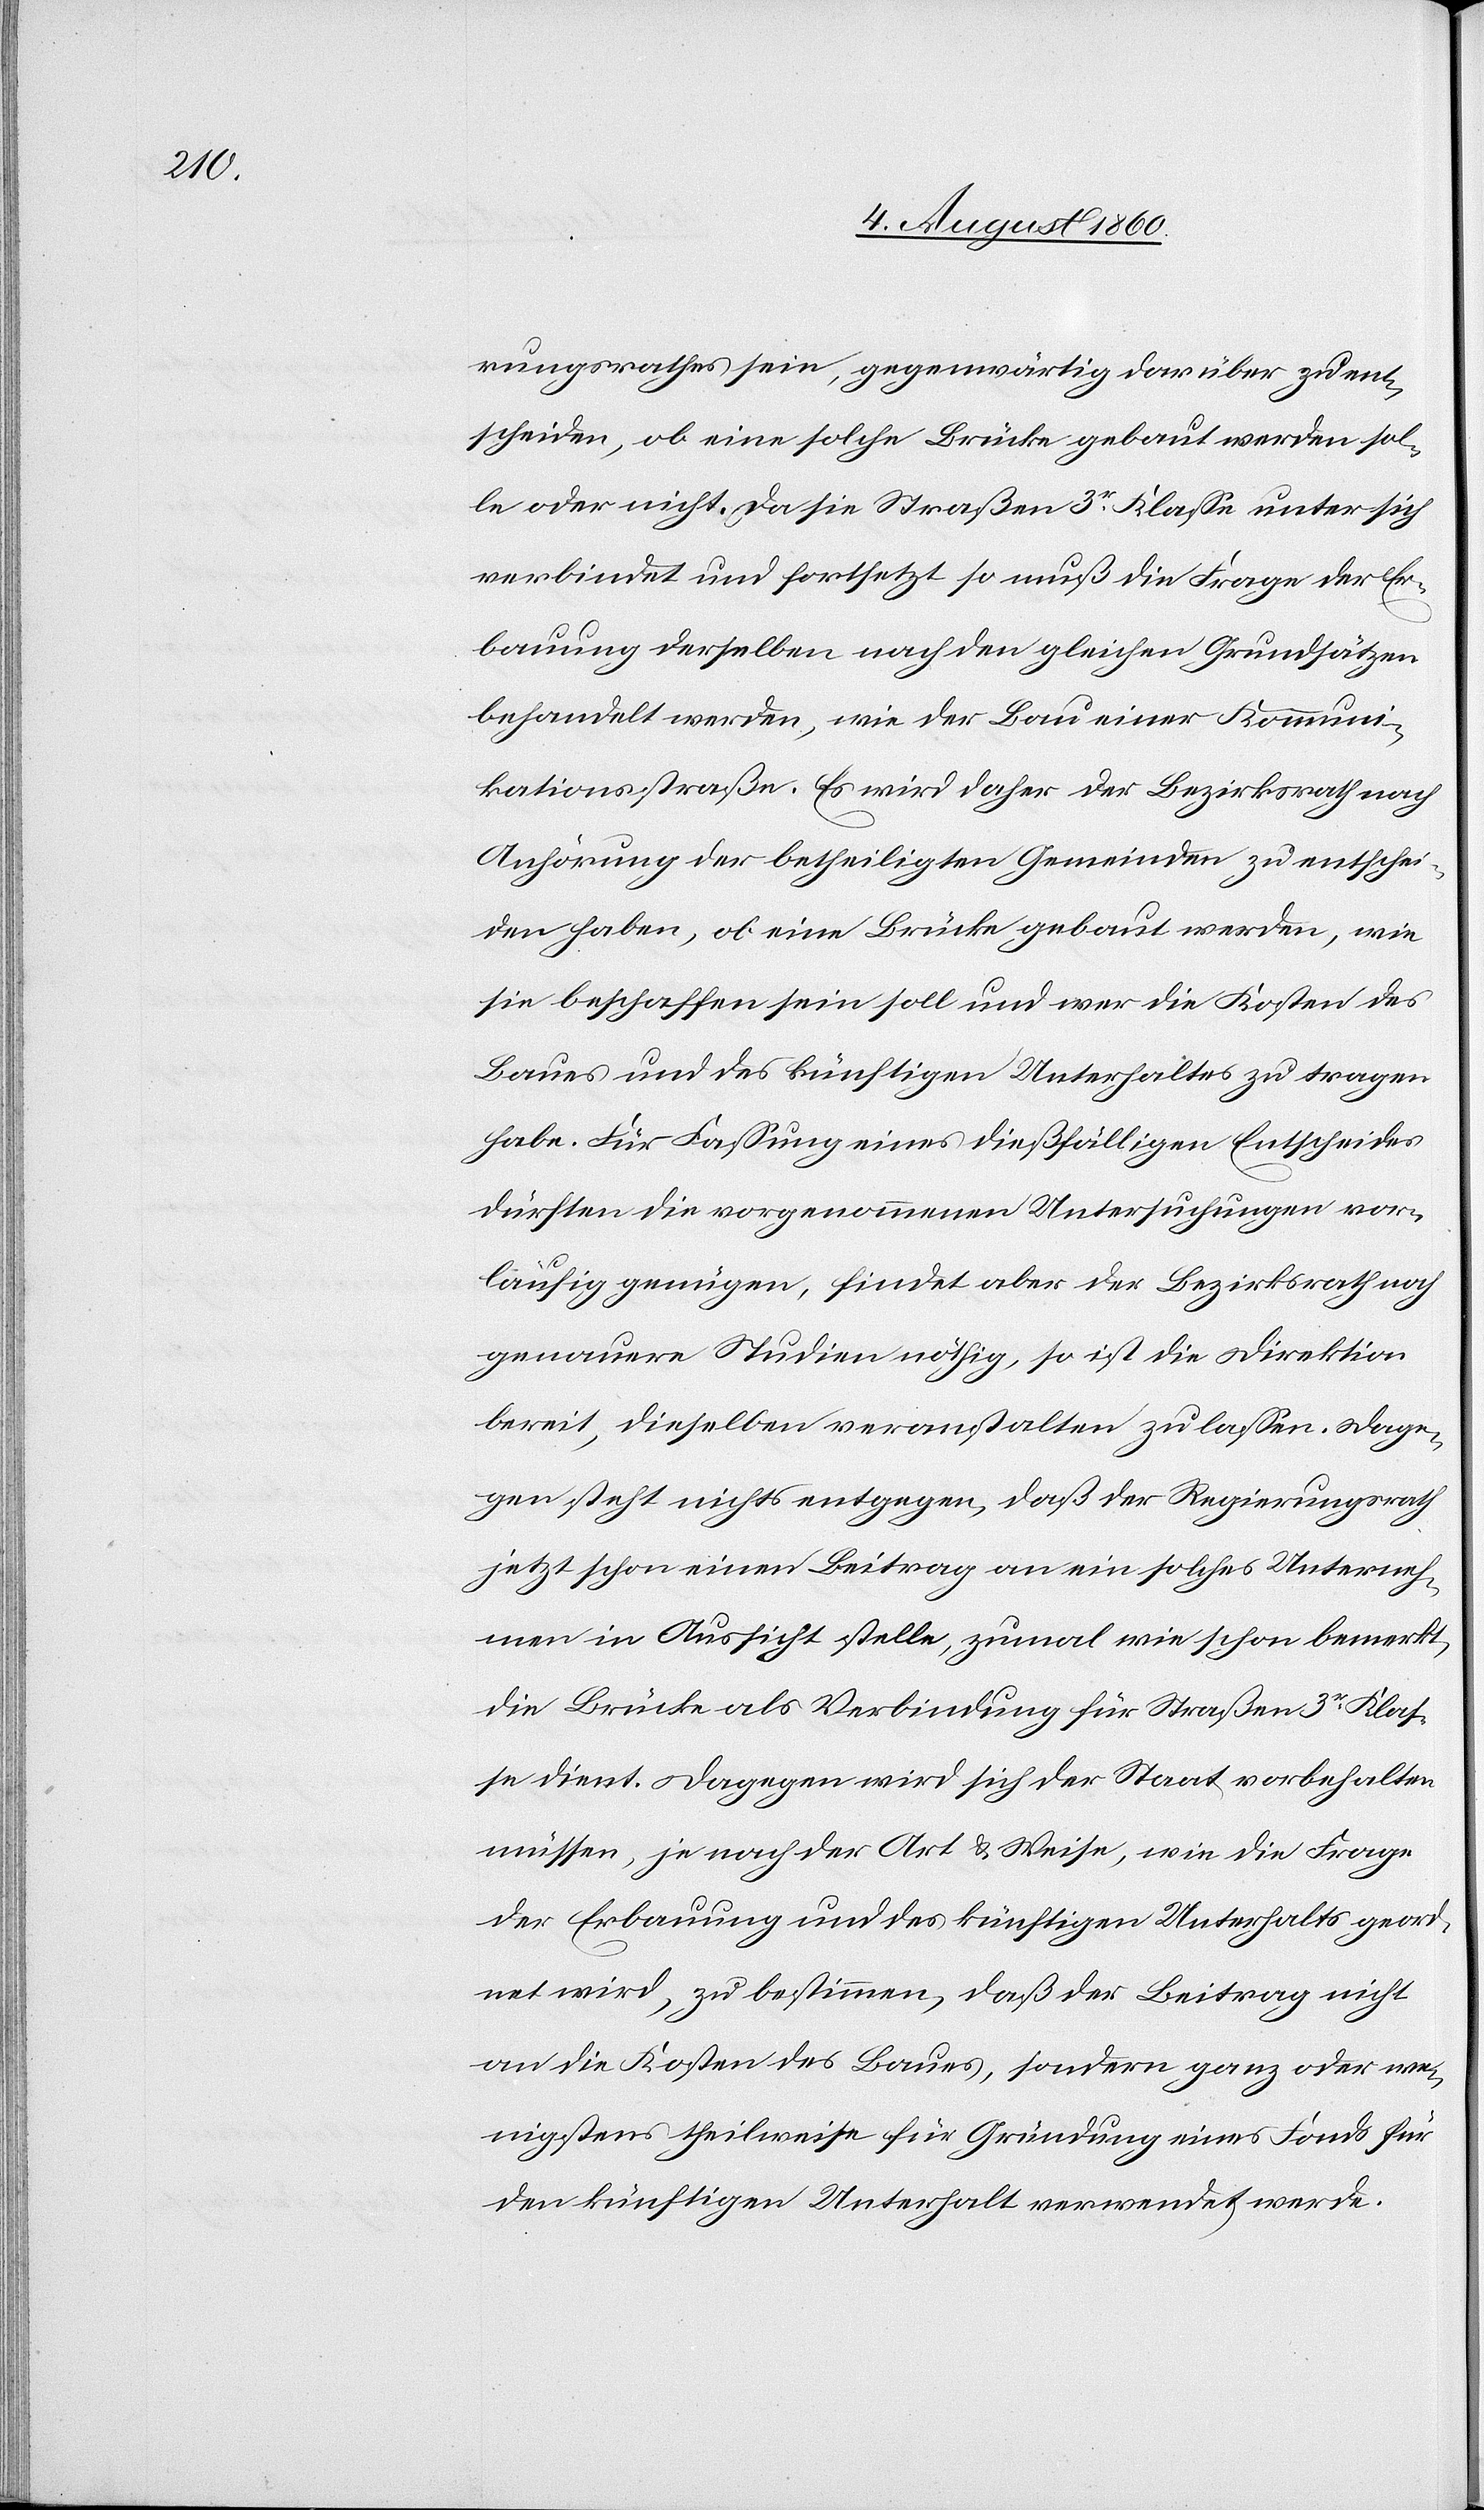
rungsrathes sein, gegenwärtig darüber zu ent¬
scheiden, ob eine solche Brücke gebaut werden sol¬
le oder nicht. Da sie Strassen 3tr Classe unter sich
verbindet und fortsetzt, so muss die Frage der Er¬
bauung derselben nach den gleichen Grundsätzen
behandelt werden, wie der Bau einer Kommuni¬
kationsstrasse. Es wird daher der Bezirksrath nach
Anhörung der betheiligten Gemeinden zu entschei¬
den haben, ob eine Brücke gebaut werden, wie
sie beschaffen sein soll und wer die Kosten des
Baues und des künftigen Unterhaltes zu tragen
habe. Für Fassung eines diesfälligen Entscheides
dürften die vorgenommenen Untersuchungen vor¬
läufig genügen, findet aber der Bezirksrath noch
genauere Studien nöthig, so ist die Direktion
bereit, dieselben veranstalten zu lassen. Dage¬
gen steht nichts entgegen, dass der Regierungsrath
jetzt schon einen Beitrag an ein solches Unterneh¬
men in Aussicht stelle, zumal wie schon bemerkt,
die Brücke als Verbindung für Strassen 3tr Klas¬
se dient. Dagegen wird sich der Staat vorbehalten
müssen, je nach der Art und Weise, wie die Frage
der Erbauung und des künftigen Unterhaltes geord¬
net wird, zu bestimmen, dass der Beitrag nicht
an die Kosten des Baues, sondern ganz oder we¬
nigstens theilsweise für Gründung eines Fonds für
den künftigen Unterhalt verwendet werde.